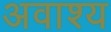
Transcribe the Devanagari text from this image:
अवाश्य